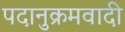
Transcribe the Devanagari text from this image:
पदानुक्रमवादी